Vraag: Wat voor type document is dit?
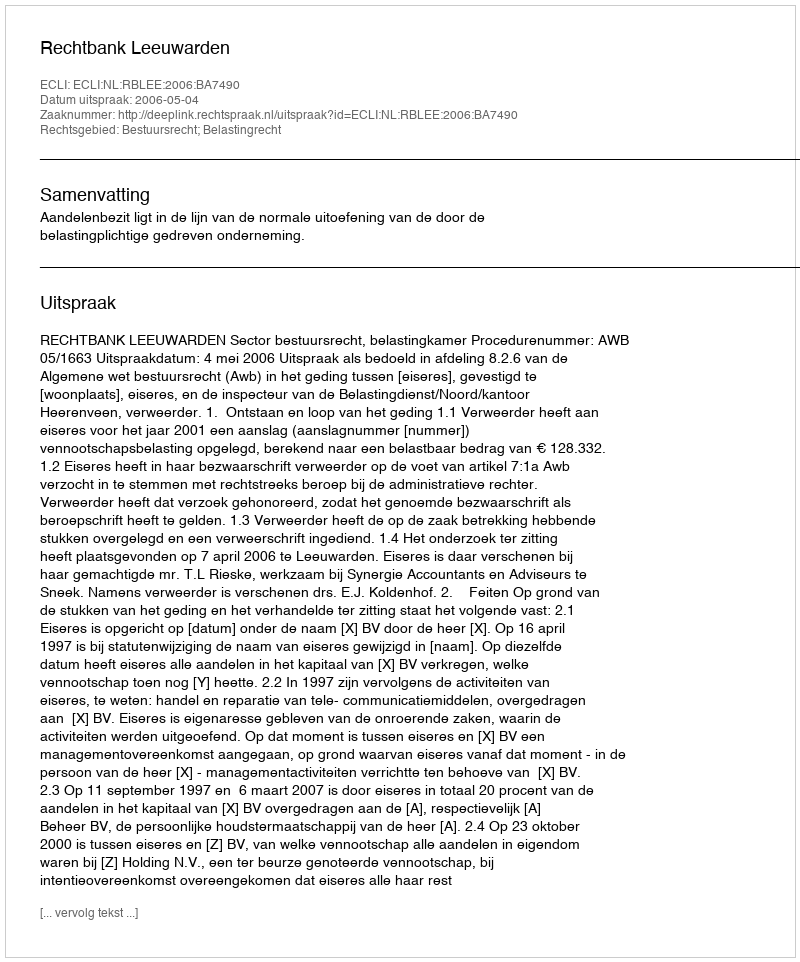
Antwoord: Uitspraak